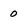
Character: 0